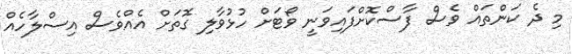
މި ދެ ކަންތައް ވެސް ފާސްކޮށްފައިވަނީ ވޯޓަށް ހުޅުވާލި ގޮތަށް އެއްވެސް އިސްލާހެއް